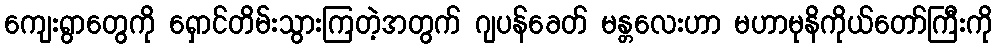
ကျေးရွာတွေကို ရှောင်တိမ်းသွားကြတဲ့အတွက် ဂျပန်ခေတ် မန္တလေးဟာ မဟာမုနိကိုယ်တော်ကြီးကို